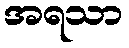
အရသာ